Indian journal of veterinary science and animal husbandry - Volumes 26-27, 1956-1957
Year: 1956
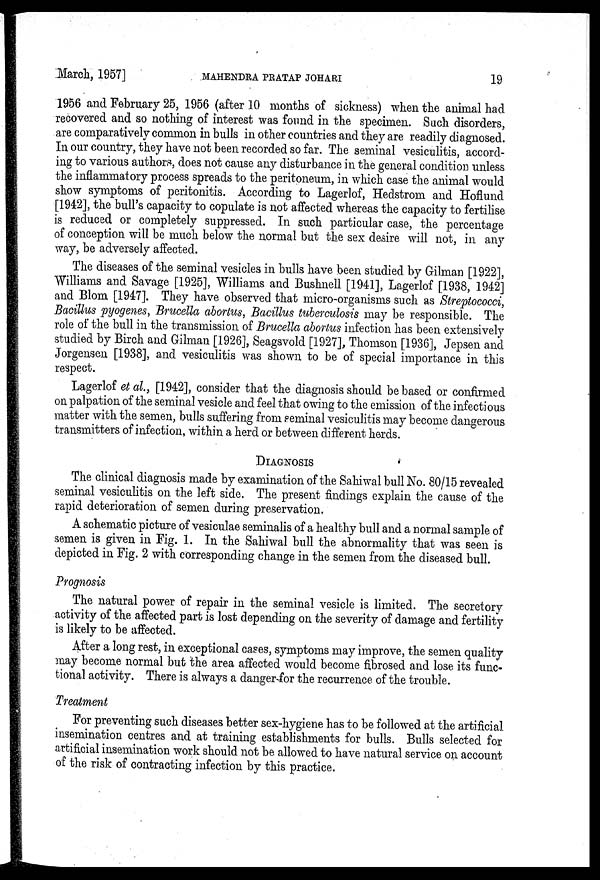
March, 1957]
MAHENDRA
PRATAP
JOHARI
19
1956 and February 25, 1956 (after 10 months of sickness) when the animal had
recovered and so nothing of interest was found in the specimen. Such disorders,
are comparatively common in bulls in other countries and they are readily diagnosed.
In our country, they have not been recorded so far. The seminal vesiculitis, accord-
ing to various authors, does not cause any disturbance in the general condition unless
the inflammatory process spreads to the peritoneum, in which case the animal would
show symptoms of peritonitis. According to Lagerlof, Hedstrom and Hoflund
[1942], the bull's capacity to copulate is not affected whereas the capacity to fertilise
is reduced or completely suppressed. In such particular case, the percentage
of conception will be much below the normal but the sex desire will not, in any
way, be adversely affected.
The diseases of the seminal vesicles in bulls have been studied by Gilman [1922],
Williams and Savage [1925], Williams and Bushnell [1941], Lagerlof [1938, 1942]
and Blom [1947]. They have observed that micro-organisms such as Streptococci,
Bacillus pyogenes, Brucella abortus, Bacillus tuberculosis may be responsible. The
role of the bull in the transmission of Brucella abortus infection has been extensively
studied by Birch and Gilman [1926], Seagsvold [1927], Thomson [1936], Jepsen and
Jorgensen [1938], and vesiculitis was shown to be of special importance in this
respect.
Lagerlof et al., [1942], consider that the diagnosis should be based or confirmed
on palpation of the seminal vesicle and feel that owing to the emission of the infectious
matter with the semen, bulls suffering from seminal vesiculitis may become dangerous
transmitters of infection, within a herd or between different herds.
DIAGNOSIS
The clinical diagnosis made by examination of the Sahiwal bull No. 80/15 revealed
seminal vesiculitis on the left side. The present findings explain the cause of the
rapid deterioration of semen during preservation.
A schematic picture of vesiculae seminalis of a healthy bull and a normal sample of
semen is given in Fig. 1. In the Sahiwal bull the abnormality that was seen is
depicted in Fig. 2 with corresponding change in the semen from the diseased bull.
Prognosis
The natural power of repair in the seminal vesicle is limited. The secretory
activity of the affected part is lost depending on the severity of damage and fertility
is likely to be affected.
After a long rest, in exceptional cases, symptoms may improve, the semen quality
may become normal but the area affected would become fibrosed and lose its func-
tional activity. There is always a danger for the recurrence of the trouble.
Treatment
For preventing such diseases better sex-hygiene has to be followed at the artificial
insemination centres and at training establishments for bulls. Bulls selected for
artificial insemination work should not be allowed to have natural service on account
of the risk of contracting infection by this practice.